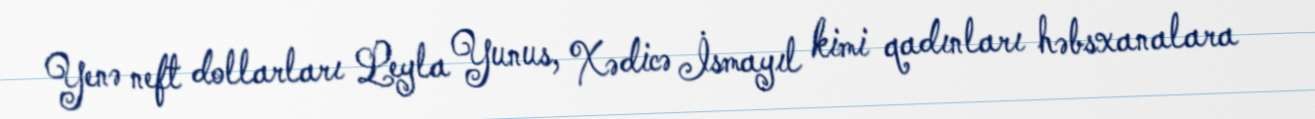
Yenə neft dollarları Leyla Yunus, Xədicə İsmayıl kimi qadınları həbsxanalara